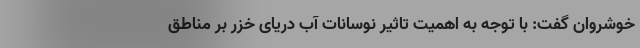
خوشروان گفت: با توجه به اهمیت تاثیر نوسانات آب دریای خزر بر مناطق